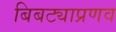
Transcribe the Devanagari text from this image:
बिबट्याप्रणव